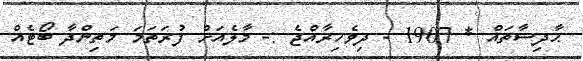
ޙާދިސާތައް * 1907 - ދިވެހިރާއްޖެ :- މާލެއަށް ފުރަތަމަ މަތިންދާ ބޯޓެއް